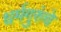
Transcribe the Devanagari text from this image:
धर्मगुरुंचे